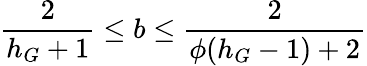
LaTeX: \frac{2}{h_{G}+1}\leq b\leq\frac{2}{\phi(h_{G}-1)+2}